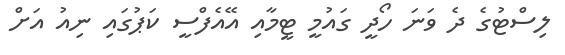
ލިސްޓުގެ ދެ ވަނަ ހޯދީ ގައުމީ ޓީމާއި އޭއެފްސީ ކަޕުގައި ނިއު އަށް